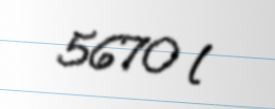
5670 l